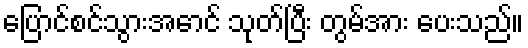
ပြောင်စင်သွားအောင် သုတ်ပြီး တွမ်အား ပေးသည်။